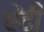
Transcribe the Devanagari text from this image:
एेंटी